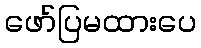
ဖော်ပြမထားပေ